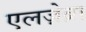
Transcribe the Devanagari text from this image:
एलज़ेब्रा